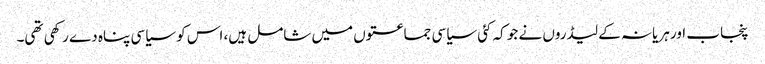
پنجاب اور ہریانہ کے لیڈروں نے جو کہ کئی سیاسی جماعتوں میں شامل ہیں، اس کو سیاسی پناہ دے رکھی تھی۔